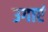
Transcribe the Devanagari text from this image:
उगाएं